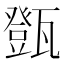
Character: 㽅